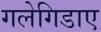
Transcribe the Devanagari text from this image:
गलेगिडाए